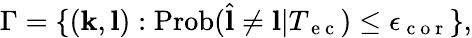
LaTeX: \Gamma=\{ (\mathbf{k},\mathbf{l}):\mathrm{Prob}(\hat{\mathbf{l}}\neq\mathbf{l}\vert T_{\mathrm{~e~c~}})\leq\epsilon_{\mathrm{~c~o~r~}}\} ,